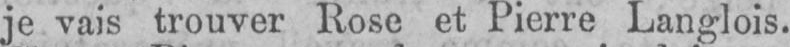
je vais trouver Rose et Pierre Langlois.